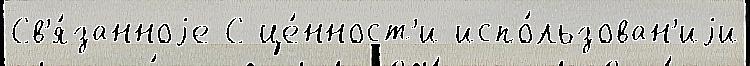
Св'я́занноjе С це́нност'и испо́льзован'иjи